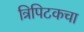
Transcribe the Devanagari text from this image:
त्रिपिटकचा